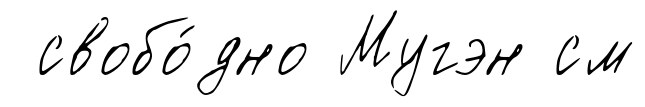
свобо́дно Мугэн см